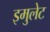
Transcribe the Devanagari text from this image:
इमुलेट